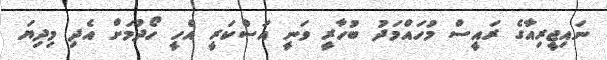
ނައިޖީރިއާގެ ރައީސް މުހައްމަދު ބުހާރީ ވަނީ އަސްކަރީ އެހީ ހޯދުމަށް އެދި މިދިޔަ